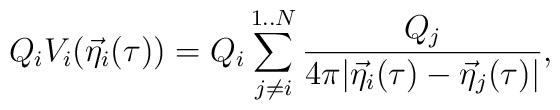
Q_i V_i({\vec \eta}_i(\tau ))=Q_i \sum_{j\not= i}^{1..N} {\frac{{Q_j}}{{4\pi|{\vec \eta}_i(\tau )-{\vec \eta}_j(\tau )|}}},